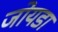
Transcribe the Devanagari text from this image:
जोयडा